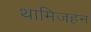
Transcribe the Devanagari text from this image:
थामिजहन